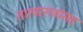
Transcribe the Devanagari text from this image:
तात्यारावांसह